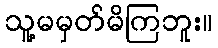
သူ့မမှတ်မိကြဘူး။